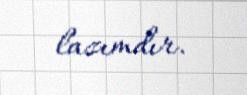
lazımdır.